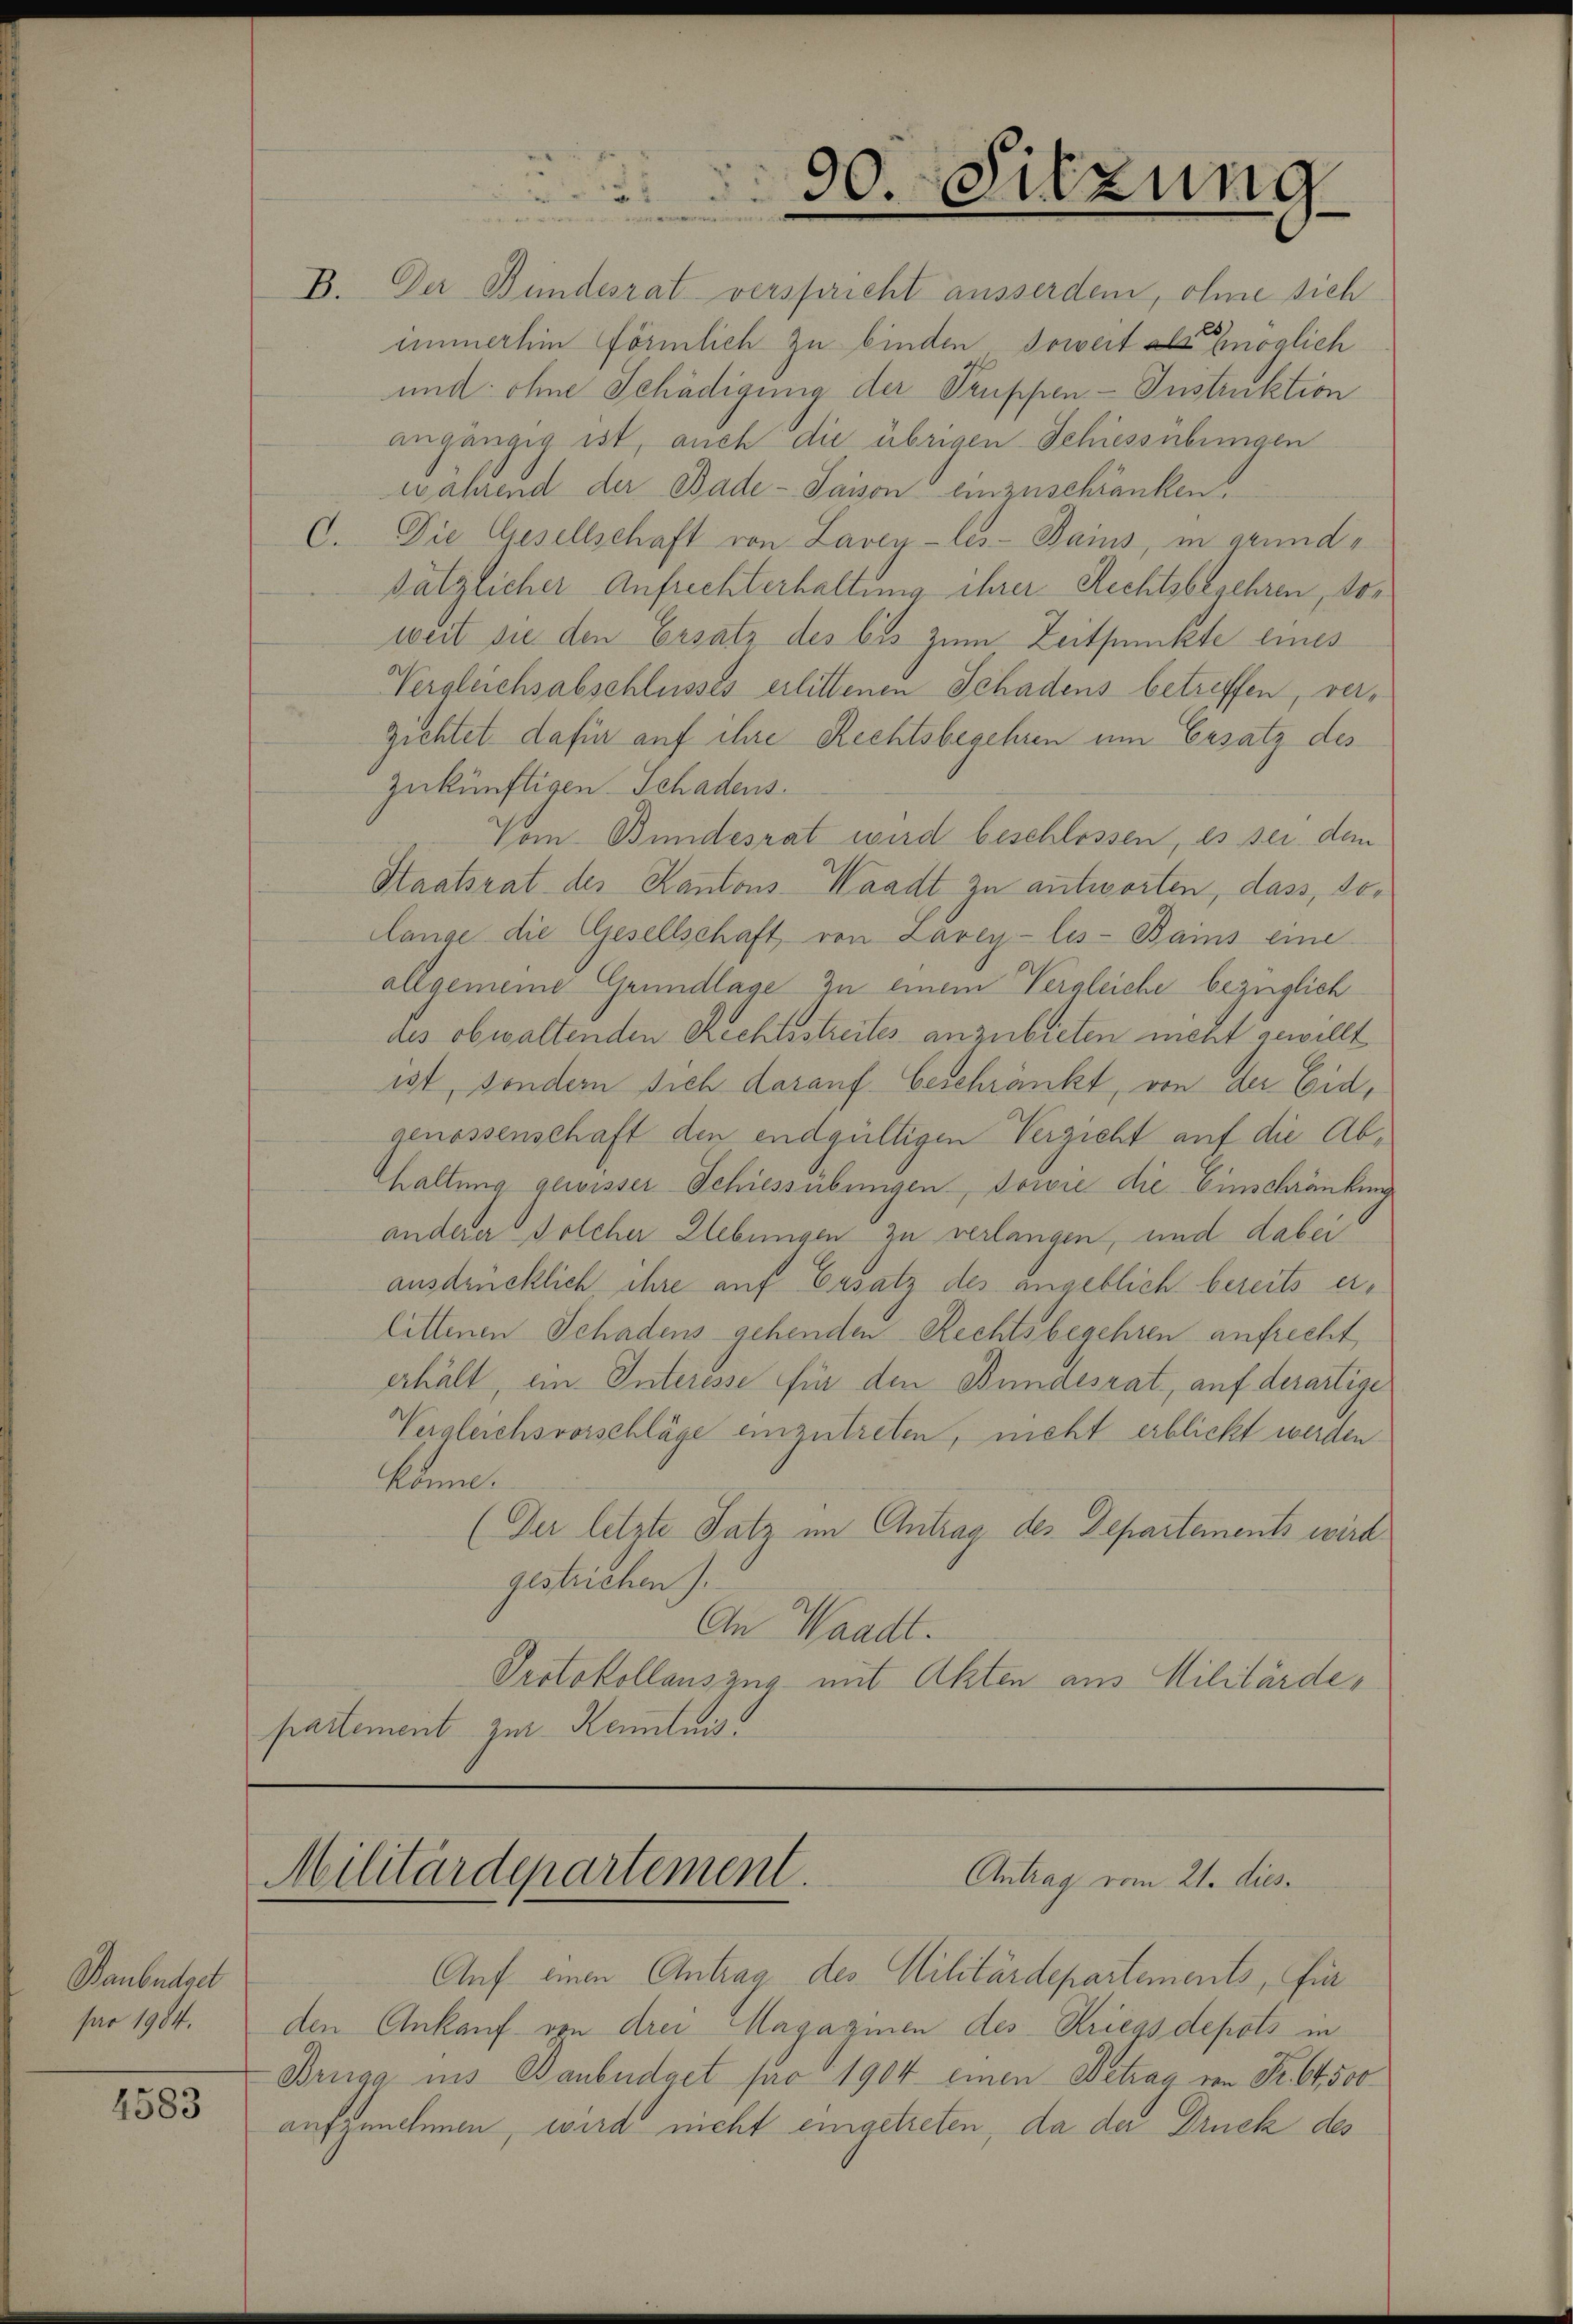
Baubedact
par 1904.

4583

B. Der Bundesrat verspricht ausserden, ohne sich
immerhin förmlich zu binden, soweit als möglich
und ohne Schädigung der Truppen - Instruktion
angängig ist, auch die übrigen Schiessübungen
während der Bade- Saison einzuschränken.
C. Die Gesellschaft von Lavey-les-Bains, in grundsätzlicher Aufrechterhaltung ihrer Rechtsbegehren, soweit sie den Ersatz des bis zum Zeitpunkte eines
Vergleichsabschlusses erlittenen Schadens betreffen, verzichtet dafür auf ihre Rechtsbegehren um Ersatz des
zukünftigen Schadens.
Vom Bundesrat wird beschlossen, es sei dem
Staatsrat des Kantons-Waadt zu antworten, dass, solange die Gesellschaft von Lavey-les-Bains eine
allgemeine Grundlage zu einem Vergleiche bezüglich
ais obwaltenden Rechtsstreites anzubieten weht gewillt
ist, sondern sich darauf beschränkt, von der Eid,
genossenschaft den endgültigen Verzicht auf die Abhaltung gewisser Schiessübungen, sowie die Einschränkung
anderer Solcher Hebungen zu verlangen, und dabei
ausdrücklich ihre auf Ersatz des angeblich bereits erlittenen Schadens gehenden Rechtsbegehren aufrecht,
erhält, ein Interesse für den Bundesrat, auf derartige
Zugleichsvorschläge einzutreten, nicht erblickt werden.
könne.
(Der letzte Satz im Antrag des Departements wird
gestrichen).
An Waadt.
Pertokollauszug mit Akten aus Militärdepartement zur Kenntnis

90. Sitzung

Militärdepartement.
Antrag vom 21. dies¬

Auf einen Antrag des Militärdepartements, für
den Ankauf von drei Magazinen des Kriegs depots in
Brüga ins Baubedact pro 1904 einen Betrag von Fr. 64,500
aufzunehmen, wird nicht eingetreten, da der Druck des